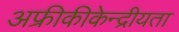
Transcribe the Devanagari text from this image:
अफ्रीकीकेन्द्रीयता